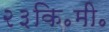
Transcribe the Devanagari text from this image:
२३कि॰मी॰